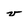
Character: v